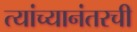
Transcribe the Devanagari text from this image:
त्यांच्यानंतरची